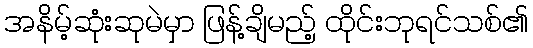
အနိမ့်ဆုံးဆုမဲမှာ ဖြန့်ချိမည့် ထိုင်းဘုရင်သစ်၏